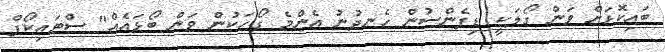
ބައިކޮޅަށް ވަން ގޯލަކީ ޑިފެންސުން ހެނދުނު އެންމެ ގޯހަކުން ވަން ބޯޅައެއް" ސްޓައިކޯފް